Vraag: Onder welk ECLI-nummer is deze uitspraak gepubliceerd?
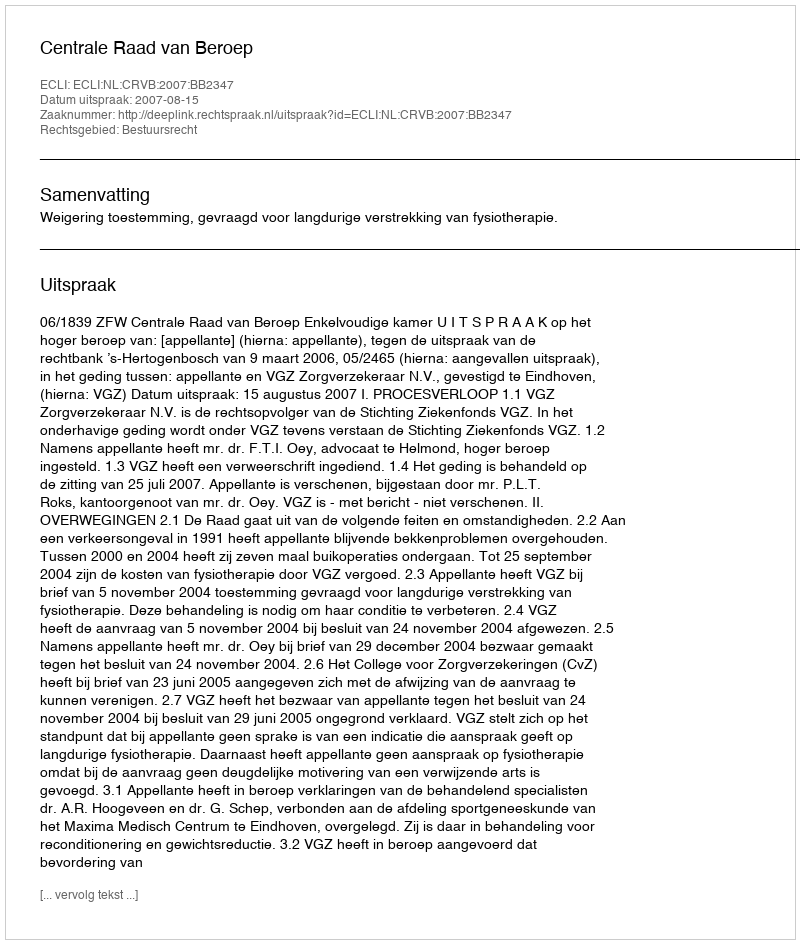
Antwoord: ECLI:NL:CRVB:2007:BB2347